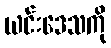
ယင်းဒေသကို